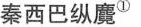
秦西巴纵魔^{①}